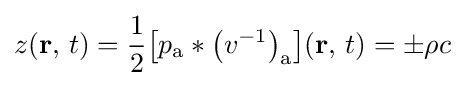
z(\mathbf {r} ,\,t)={\frac {1}{2}}\!\left[p_{\mathrm {a} }*\left(v^{-1}\right)_{\mathrm {a} }\right]\!(\mathbf {r} ,\,t)=\pm \rho c